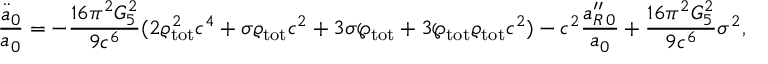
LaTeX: { \frac { \ddot { a } _ { 0 } } { a _ { 0 } } } = - { \frac { 1 6 \pi ^ { 2 } G _ { 5 } ^ { 2 } } { 9 c ^ { 6 } } } ( 2 \varrho _ { \mathrm { t o t } } ^ { 2 } c ^ { 4 } + \sigma \varrho _ { \mathrm { t o t } } c ^ { 2 } + 3 \sigma \wp _ { \mathrm { t o t } } + 3 \wp _ { \mathrm { t o t } } \varrho _ { \mathrm { t o t } } c ^ { 2 } ) - c ^ { 2 } { \frac { a _ { R \, 0 } ^ { \prime \prime } } { a _ { 0 } } } + { \frac { 1 6 \pi ^ { 2 } G _ { 5 } ^ { 2 } } { 9 c ^ { 6 } } } \sigma ^ { 2 } ,